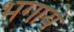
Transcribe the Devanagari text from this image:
भगायें